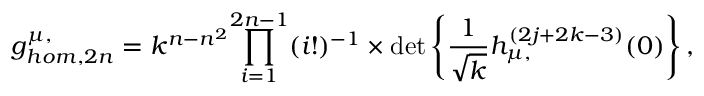
g _ { h o m , 2 n } ^ { \mu , \l } = k ^ { n - n ^ { 2 } } { \prod _ { i = 1 } ^ { 2 n - 1 } ( i ! ) ^ { - 1 } } \times \operatorname * { d e t } \left\{ \frac { 1 } { \sqrt { k } } h _ { \mu , \l } ^ { ( 2 j + 2 k - 3 ) } ( 0 ) \right\} ,